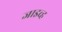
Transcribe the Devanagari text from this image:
जाइव्ह